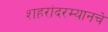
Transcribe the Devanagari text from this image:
शहरांदरम्यानचे